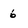
Character: 6